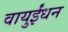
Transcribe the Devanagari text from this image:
वायुईंधन